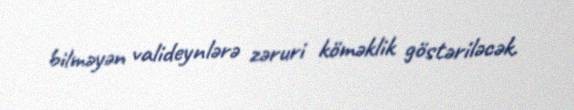
bilməyən valideynlərə zəruri köməklik göstəriləcək.